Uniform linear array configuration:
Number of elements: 8
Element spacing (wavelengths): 0.25
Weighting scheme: exponential
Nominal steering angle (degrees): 45
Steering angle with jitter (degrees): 43.748
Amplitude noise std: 0.05
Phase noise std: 0.05

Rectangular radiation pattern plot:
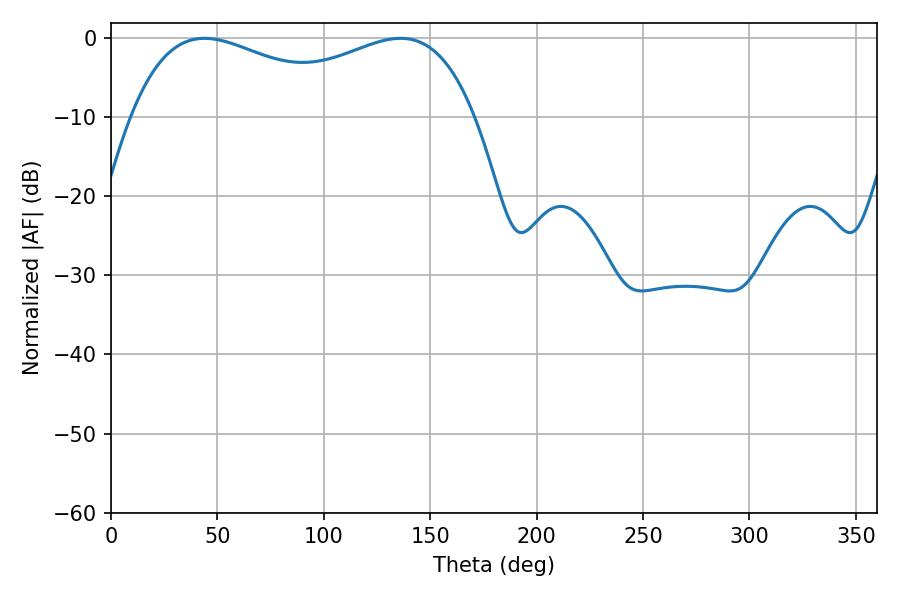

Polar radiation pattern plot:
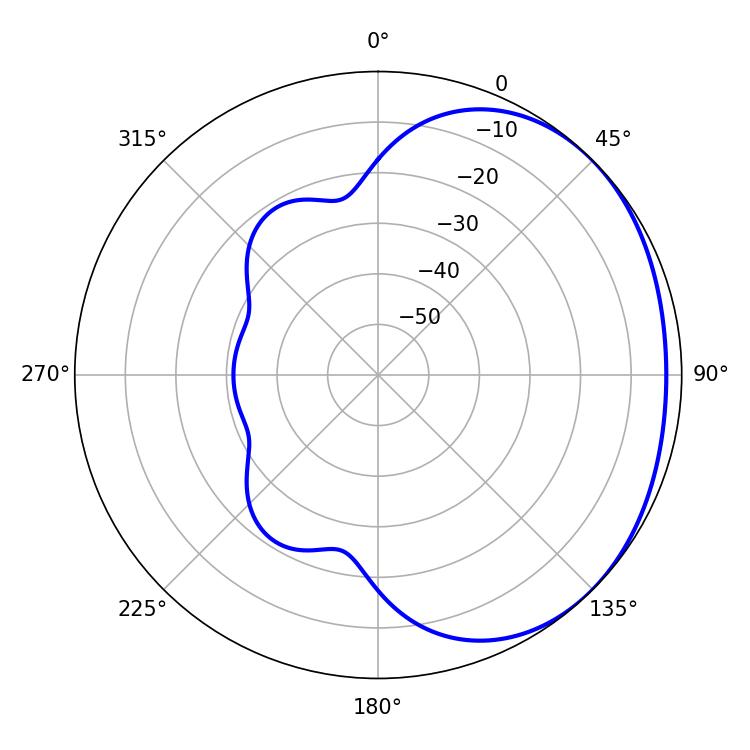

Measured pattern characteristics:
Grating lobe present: FALSE
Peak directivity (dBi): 1.616
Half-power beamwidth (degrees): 63.18
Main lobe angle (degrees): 43.92